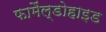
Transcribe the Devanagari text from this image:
फामैंल्डोहाइड